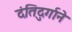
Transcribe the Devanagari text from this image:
दंतिदुर्गाने